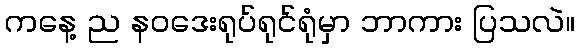
ကနေ့ ည နဝဒေးရုပ်ရုင်ရုံမှာ ဘာကား ပြသလဲ။